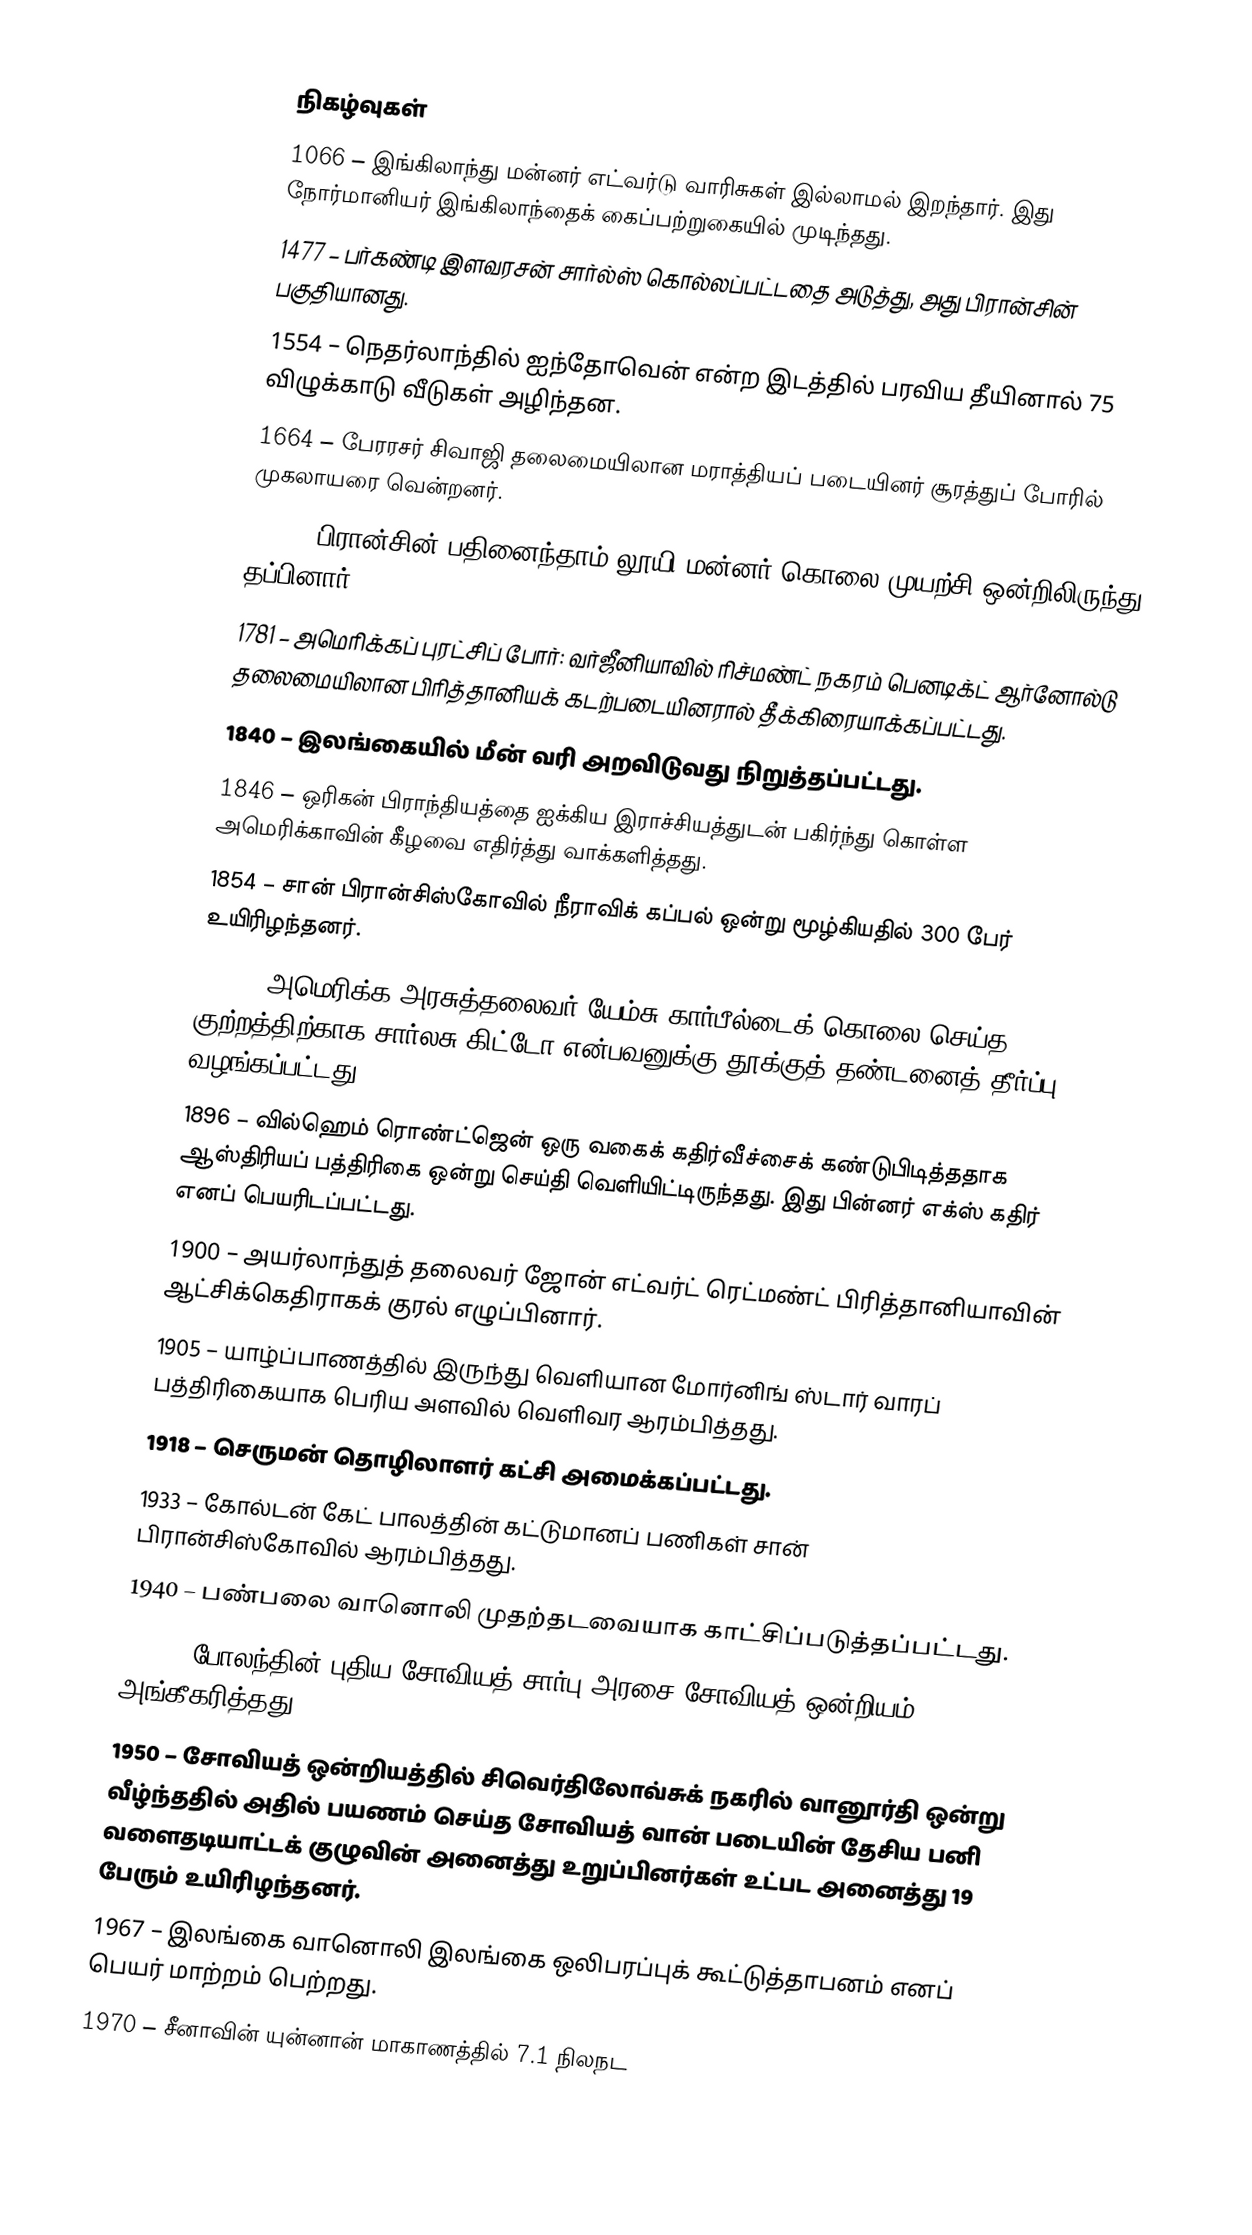

நிகழ்வுகள்
1066 – இங்கிலாந்து மன்னர் எட்வர்டு வாரிசுகள் இல்லாமல் இறந்தார். இது நோர்மானியர் இங்கிலாந்தைக் கைப்பற்றுகையில் முடிந்தது.
1477 – பர்கண்டி இளவரசன் சார்ல்ஸ் கொல்லப்பட்டதை அடுத்து, அது பிரான்சின் பகுதியானது.
1554 – நெதர்லாந்தில் ஐந்தோவென் என்ற இடத்தில் பரவிய தீயினால் 75 விழுக்காடு வீடுகள் அழிந்தன.
1664 – பேரரசர் சிவாஜி தலைமையிலான மராத்தியப் படையினர் சூரத்துப் போரில் முகலாயரை வென்றனர்.
1757 – பிரான்சின் பதினைந்தாம் லூயி மன்னர் கொலை முயற்சி ஒன்றிலிருந்து தப்பினார்.
1781 – அமெரிக்கப் புரட்சிப் போர்: வர்ஜீனியாவில் ரிச்மண்ட் நகரம் பெனடிக்ட் ஆர்னோல்டு தலைமையிலான பிரித்தானியக் கடற்படையினரால் தீக்கிரையாக்கப்பட்டது.
1840 – இலங்கையில் மீன் வரி அறவிடுவது நிறுத்தப்பட்டது.
1846 – ஒரிகன் பிராந்தியத்தை ஐக்கிய இராச்சியத்துடன் பகிர்ந்து கொள்ள அமெரிக்காவின் கீழவை எதிர்த்து வாக்களித்தது.
1854 – சான் பிரான்சிஸ்கோவில் நீராவிக் கப்பல் ஒன்று மூழ்கியதில் 300 பேர் உயிரிழந்தனர்.
1882 – அமெரிக்க அரசுத்தலைவர் யேம்சு கார்பீல்டைக் கொலை செய்த குற்றத்திற்காக சார்லசு கிட்டோ என்பவனுக்கு தூக்குத் தண்டனைத் தீர்ப்பு வழங்கப்பட்டது.
1896 – வில்ஹெம் ரொண்ட்ஜென் ஒரு வகைக் கதிர்வீச்சைக் கண்டுபிடித்ததாக ஆஸ்திரியப் பத்திரிகை ஒன்று செய்தி வெளியிட்டிருந்தது. இது பின்னர் எக்ஸ் கதிர் எனப் பெயரிடப்பட்டது.
1900 – அயர்லாந்துத் தலைவர் ஜோன் எட்வர்ட் ரெட்மண்ட் பிரித்தானியாவின் ஆட்சிக்கெதிராகக் குரல் எழுப்பினார்.
1905 – யாழ்ப்பாணத்தில் இருந்து வெளியான மோர்னிங் ஸ்டார் வாரப் பத்திரிகையாக பெரிய அளவில் வெளிவர ஆரம்பித்தது.
1918 – செருமன் தொழிலாளர் கட்சி அமைக்கப்பட்டது.
1933 – கோல்டன் கேட் பாலத்தின் கட்டுமானப் பணிகள் சான் பிரான்சிஸ்கோவில் ஆரம்பித்தது.
1940 – பண்பலை வானொலி முதற்தடவையாக காட்சிப்படுத்தப்பட்டது.
1945 – போலந்தின் புதிய சோவியத்-சார்பு அரசை சோவியத் ஒன்றியம் அங்கீகரித்தது.
1950 – சோவியத் ஒன்றியத்தில் சிவெர்திலோவ்சுக் நகரில் வானூர்தி ஒன்று வீழ்ந்ததில் அதில் பயணம் செய்த சோவியத் வான் படையின் தேசிய பனி வளைதடியாட்டக் குழுவின் அனைத்து உறுப்பினர்கள் உட்பட அனைத்து 19 பேரும் உயிரிழந்தனர்.
1967 – இலங்கை வானொலி இலங்கை ஒலிபரப்புக் கூட்டுத்தாபனம் எனப் பெயர் மாற்றம் பெற்றது.
1970 – சீனாவின் யுன்னான் மாகாணத்தில் 7.1  நிலநட